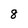
Character: 8